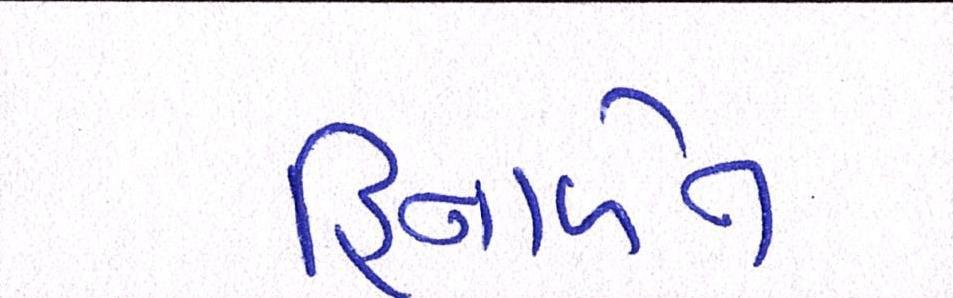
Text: હિનાબેન